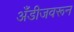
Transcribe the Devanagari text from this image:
अँडीजवरून